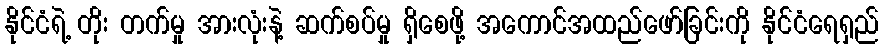
နိုင်ငံရဲ့ တိုး တက်မှု အားလုံးနဲ့ ဆက်စပ်မှု ရှိစေဖို့ အကောင်အထည်ဖော်ခြင်းကို နိုင်ငံရေရှည်